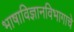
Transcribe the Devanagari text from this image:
भाषाविज्ञानविभागाचे